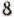
8